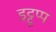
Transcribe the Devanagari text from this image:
इट्टूप्प